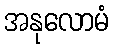
အနုလောမံ